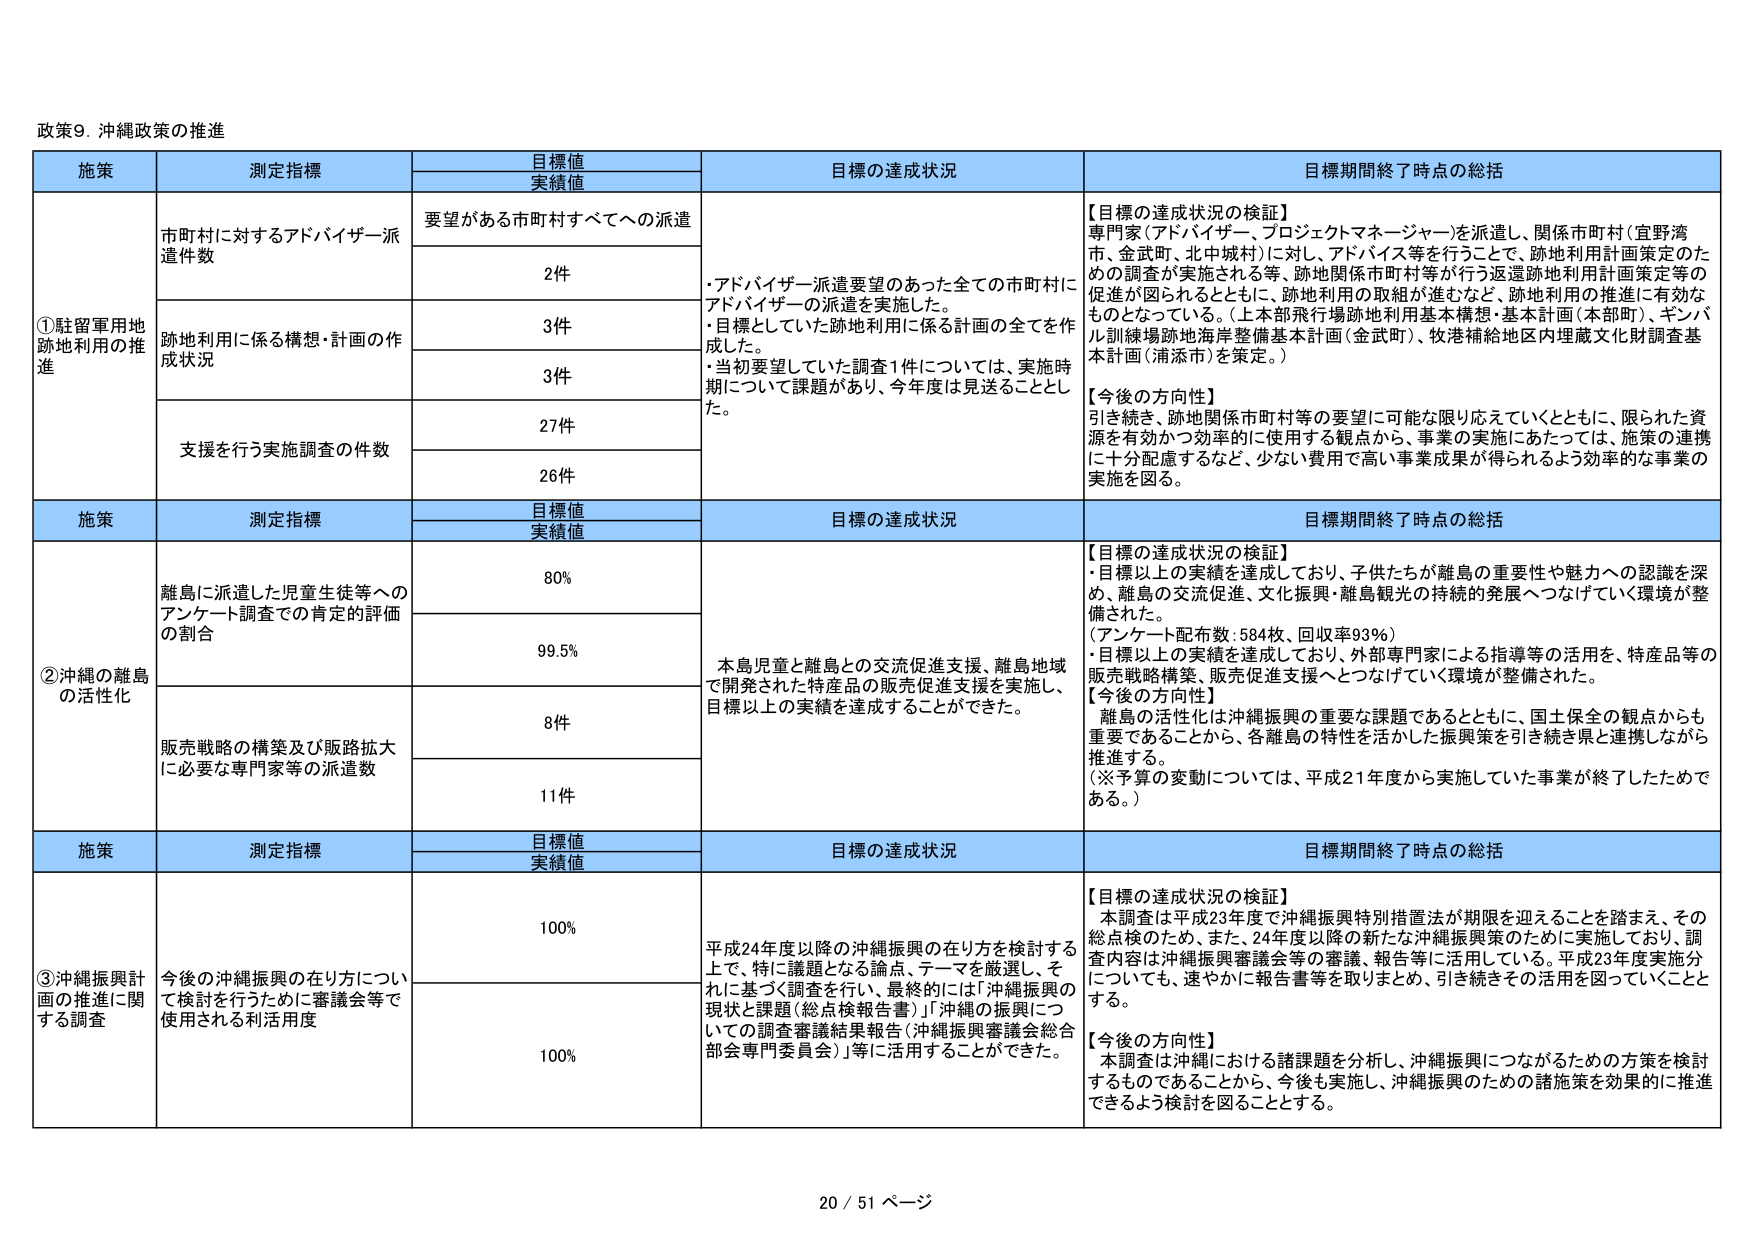
政策9. 沖縄政策の推進

施策 測定指標 目標値 実績値 目標の達成状況 目標期間終了時点の総括

①駐留軍用地跡地利用の推進
市町村に対するアドバイザー派遣件数
要望がある市町村すべてへの派遣
2件
・アドバイザー派遣要望のあった全ての市町村にアドバイザーの派遣を実施した。
・目標としていた跡地利用に係る計画の全てを作成した。
・当初要望していた調査1件については、実施時期について課題があり、今年度は見送ることとした。

跡地利用に係る構想・計画の作成状況
3件
3件

支援を行う実施調査の件数
27件
26件

【目標の達成状況の検証】
専門家（アドバイザー、プロジェクトマネージャー）を派遣し、関係市町村（宜野湾市、金武町、北中城村）に対して、アドバイス等を行うことで、跡地利用計画策定のための調査が実施される等、跡地関係市町村等が行う返還跡地利用計画策定等の促進が図られるとともに、跡地利用の取組が進むなど、跡地利用の推進に有効なものとなっている。（上本部飛行場跡地利用基本構想・基本計画（本部町）、ギンバル訓練場跡地海岸整備基本計画（金武町）、牧港補給地区内埋蔵文化財調査基本計画（浦添市）を策定。）

【今後の方向性】
引き続き、跡地関係市町村等の要望に可能な限り応えていくとともに、限られた資源を有効かつ効率的に使用する観点から、事業の実施にあたっては、施策の進捗に十分配慮するなど、少ない費用で高い事業成果が得られるよう効率的な事業の実施を図る。

施策 測定指標 目標値 実績値 目標の達成状況 目標期間終了時点の総括

②沖縄の離島の活性化
離島に派遣した児童生徒等へのアンケート調査での肯定的評価の割合
80%
99.5%
本島児童と離島との交流促進支援、離島地域で開発された特産品の販売促進支援を実施し、目標以上の実績を達成することができた。

販売戦略の構築及び販路拡大に必要な専門家等の派遣数
8件
11件

【目標の達成状況の検証】
・目標以上の実績を達成しており、子供たちが離島の重要性や魅力への認識を深め、離島の交流促進、文化振興・離島観光の持続的発展へつなげていく環境が整備された。
（アンケート配布数：584枚、回収率93％）
・目標以上の実績を達成しており、外部専門家による指導等の活用を、特産品等の販売戦略構築、販売促進支援へとつなげていく環境が整備された。

【今後の方向性】
離島の活性化は沖縄振興の重要な課題であるとともに、国土保全の観点からも重要であることから、各離島の特性を活かした振興策を引き続き県と連携しながら推進する。
（※予算の変動については、平成21年度から実施していた事業が終了したためである。）

施策 測定指標 目標値 実績値 目標の達成状況 目標期間終了時点の総括

③沖縄振興計画の推進に関する調査
今後の沖縄振興の在り方について検討を行うために審議会等で使用される利活用度
100%
100%
平成24年度以降の沖縄振興の在り方を検討する上で、特に議題となる論点、テーマを厳選し、それに基づく調査を行い、最終的には「沖縄振興の現状と課題（総点検報告書）」「沖縄の振興についての調査審議結果報告（沖縄振興審議会総合部会専門委員会）」等に活用することができた。

【目標の達成状況の検証】
本調査は平成23年度で沖縄振興特別措置法が期限を迎えることを踏まえ、その総点検のため、また、24年度以降の新たな沖縄振興策のために実施しており、調査内容は沖縄振興審議会等の審議、報告等に活用している。平成23年度実施分についても、速やかに報告書等を取りまとめ、引き続きその活用を図っていくこととする。

【今後の方向性】
本調査は沖縄における諸課題を分析し、沖縄振興につながるための方策を検討するものであることから、今後も実施し、沖縄振興のための諸施策を効果的に推進できるよう検討を図ることとする。

20 / 51 ページ